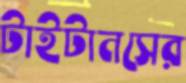
টাইটানসের